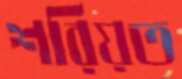
শরিয়ত